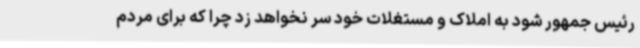
رئیس جمهور شود به املاک و مستغلات خود سر نخواهد زد چرا که برای مردم